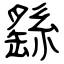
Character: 繇